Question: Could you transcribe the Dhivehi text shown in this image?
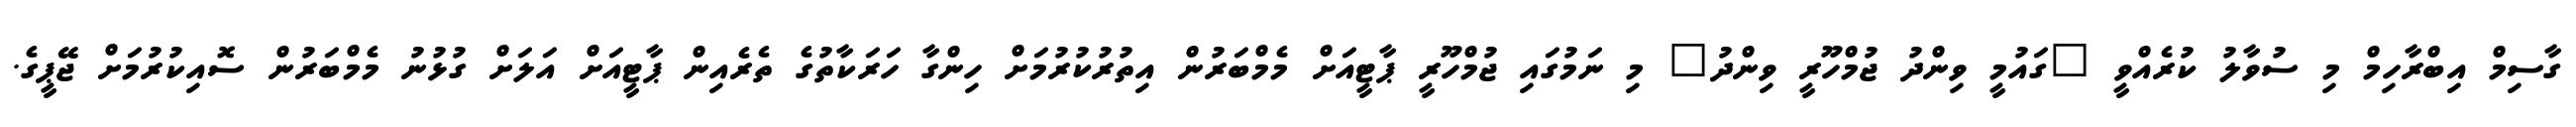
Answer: ގާސިމް އިބްރާހިމް މި ސުވާލު ކުރެއްވީ "ގައުމީ ވިންދު ޖުމްހޫރީ ވިންދު" މި ނަމުގައި ޖުމްހޫރީ ޕާޓީއަށް މެމްބަރުން އިތުރުކުރުމަށް ހިންގާ ހަރަކާތުގެ ތެރެއިން ޕާޓީއަށް އަލަށް ގުޅުނު މެމްބަރުން ސޮއިކުރުމަށް ޖޭޕީގެ.